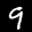
Label: 9